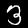
Digit: 3